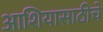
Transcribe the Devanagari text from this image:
आशियासाठीचे